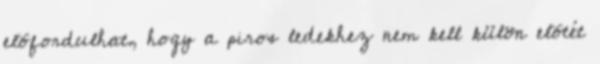
elõfordulhat, hogy a piros ledekhez nem kell külön elõtét